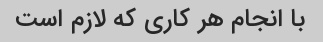
با انجام هر کاری که لازم است